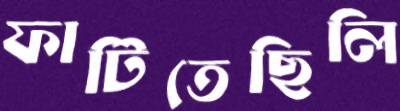
ফাটিতেছিলি